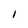
Character: I